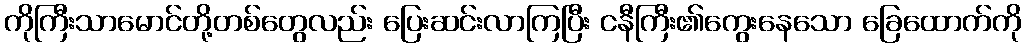
ကိုကြီးသာမောင်တို့တစ်တွေလည်း ပြေးဆင်းလာကြပြီး ငနီကြီး၏ကွေးနေသော ခြေထောက်ကို